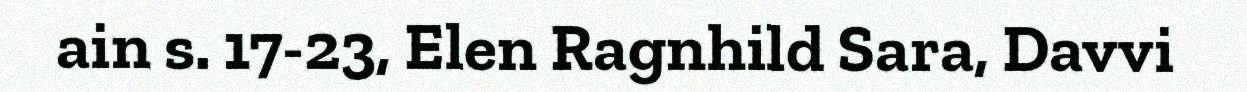
ain s. 17-23, Elen Ragnhild Sara, Davvi